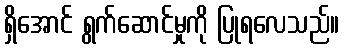
ရှိအောင် ရွက်ဆောင်မှုကို ပြုရလေသည်။